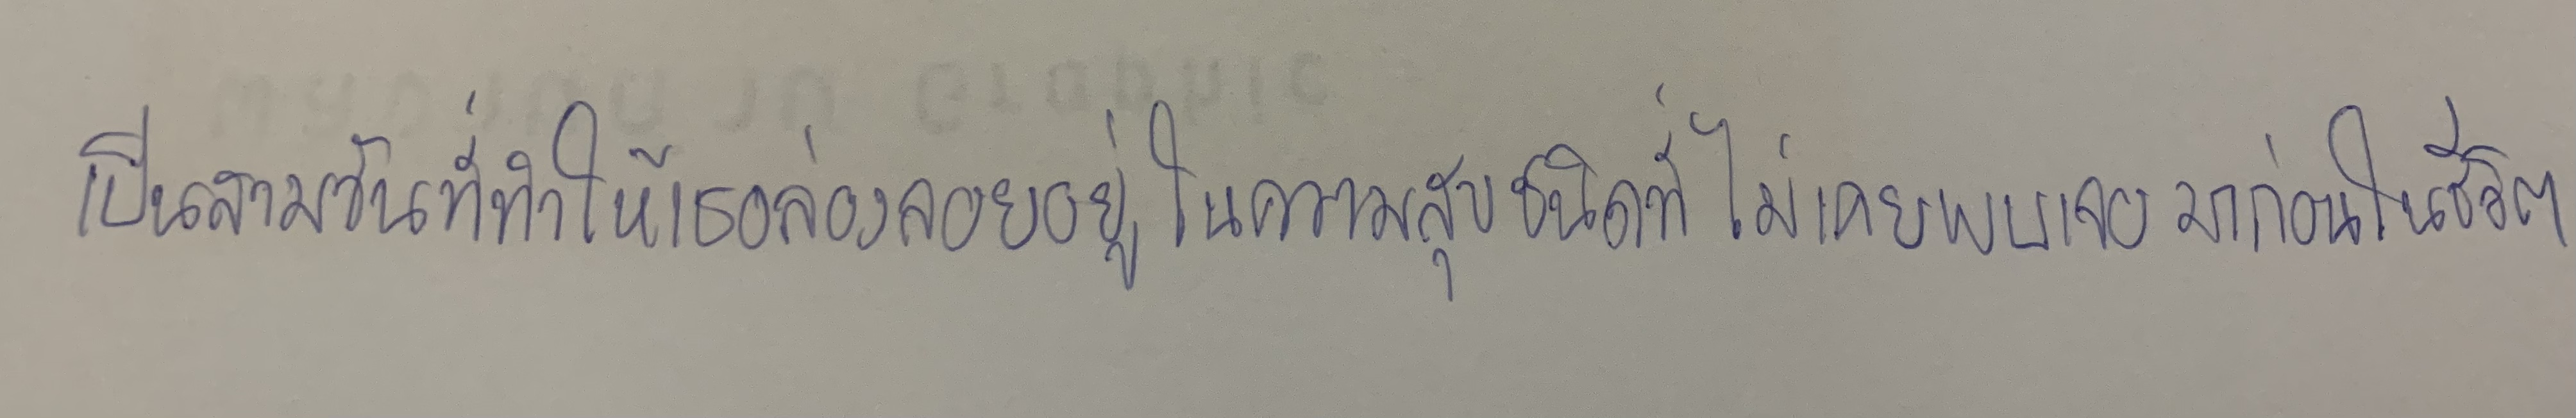
เป็นสามวันที่ทำให้เธอล่องลอยอยู่ในความสุขชนิดที่ไม่เคยพบเจอมาก่อนในชีวิต